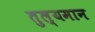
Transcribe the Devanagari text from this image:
तुल्यमान